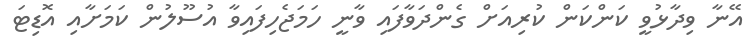
އޭނާ ވިދާޅުވީ ކަންކަން ކުރިއަށް ގެންދަވާފައި ވާނީ ހަމަޖެހިފައިވާ އުސޫލުން ކަމަށާއި އޮޑިޓަ